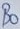
Text: B0